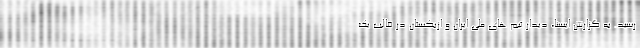
رسید. به گزارش ایسنا، دیدار تیم های ملی ایران و ازبکستان در قالب یک